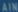
ATM